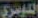
الدوسري